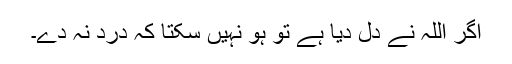
اگر اللہ نے دل دیا ہے تو ہو نہیں سکتا کہ درد نہ دے۔